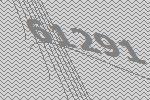
61291